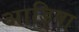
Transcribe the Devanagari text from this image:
आड़िषा